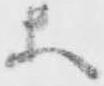
等